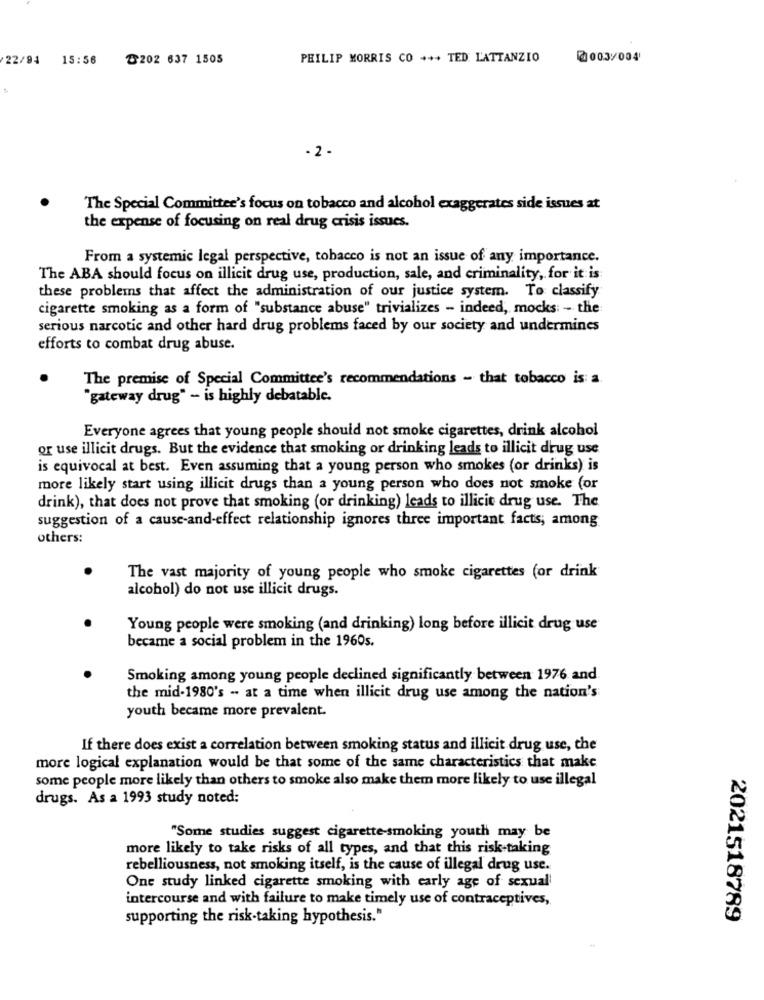
22/94
15:56
৳202 637 1505
PHILIP MORRIS CO +++ TED LATTANZIO
@003/004
- 2 -
The Special Committee's focus on tobacco and alcohol exaggerates side issues at
the expense of focusing on real drug crisis issues.
From a systemic legal perspective, tobacco is not an issue of any importance.
The ABA should focus on illicit drug use, production, sale, and criminality, for it is
these problems that affect the administration of our justice system. To classify
cigarette smoking as a form of "substance abuse" trivializes - indeed, mocks: - the
serious narcotic and other hard drug problems faced by our society and undermines
efforts to combat drug abuse.
The premise of Special Committee's recommendations - that tobacco is: a.
"gateway drug" - is highly debatable.
Everyone agrees that young people should not smoke cigarettes, drink alcohol
or use illicit drugs. But the evidence that smoking or drinking leads to illicit drug use
is equivocal at best. Even assuming that a young person who smokes (or drinks) is
more likely start using illicit drugs than a young person who does not smoke (or
drink), that does not prove that smoking (or drinking) leads to illicit drug use. The
suggestion of a cause-and-effect relationship ignores three important facts; among
others:
The vast majority of young people who smoke cigarettes (or drink
alcohol) do not use illicit drugs.
Young people were smoking (and drinking) long before illicit drug use
became a social problem in the 1960s.
Smoking among young people declined significantly between 1976 and
the mid-1980's - at a time when illicit drug use among the nation's
youth became more prevalent.
If there does exist a correlation between smoking status and illicit drug use, the
more logical explanation would be that some of the same characteristics that make
some people more likely than others to smoke also make them more likely to use illegal
drugs. As a 1993 study noted:
"Some studies suggest cigarette smoking youth may be
more likely to take risks of all types, and that this risk-taking
rebelliousness, not smoking itself, is the cause of illegal drug use.
One study linked cigarette smoking with early age of sexual
intercourse and with failure to make timely use of contraceptives,
supporting the risk-taking hypothesis."
2021518789